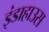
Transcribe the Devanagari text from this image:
इंडाहाउस